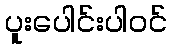
ပူးပေါင်းပါဝင်